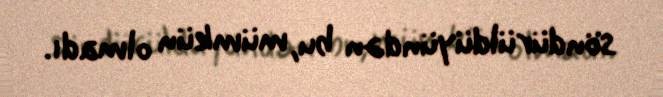
söndürüldüyündən bu, mümkün olmadı.